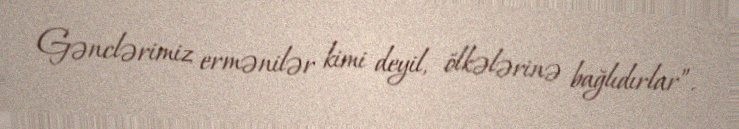
Gənclərimiz ermənilər kimi deyil, ölkələrinə bağlıdırlar”.